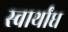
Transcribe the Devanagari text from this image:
स्वार्थांध